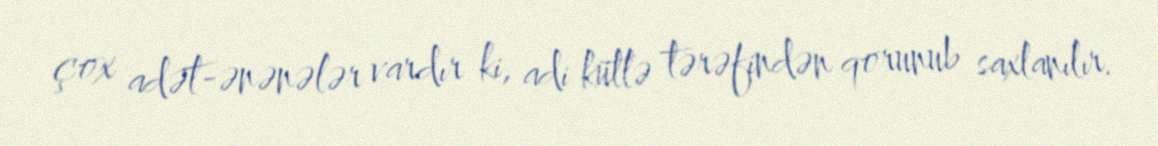
çox adət-ənənələr vardır ki, adi kütlə tərəfindən qorunub saxlanılır.